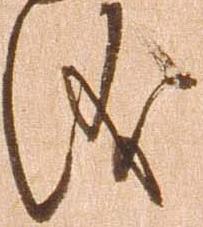
儀